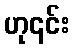
ဟု၎င်း